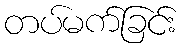
တပ်မက်ခြင်း